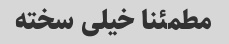
مطمئنا خیلی سخته